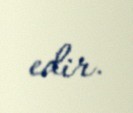
edir.